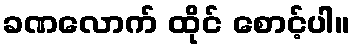
ခဏလောက် ထိုင် စောင့်ပါ။